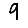
Digit: 9